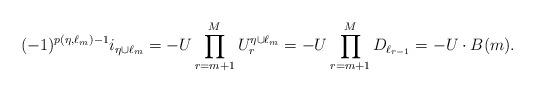
LaTeX: \begin{align*}(-1)^{p(\eta,\ell_m)-1} i_{\eta\cup \ell_m}=- U\prod_{r=m+1}^{M} U^{\eta\cup \ell_m}_{r} =- U\prod_{r=m+1}^{M} D_{\ell_{r-1}}= -U\cdot B(m).\end{align*}